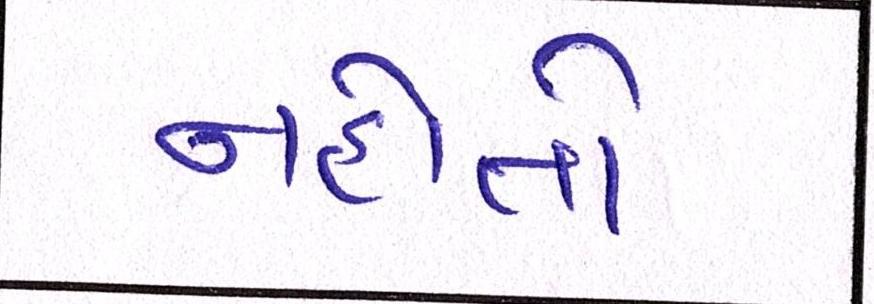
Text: નહોતો